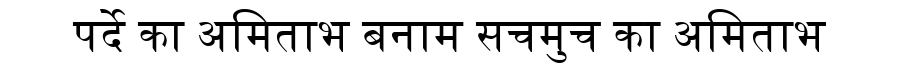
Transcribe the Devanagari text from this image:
पर्दे का अमिताभ बनाम सचमुच का अमिताभ